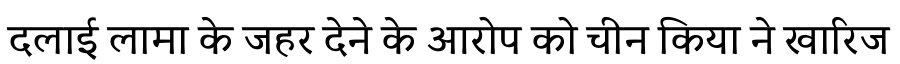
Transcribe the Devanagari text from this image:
दलाई लामा के जहर देने के आरोप को चीन किया ने खारिज